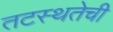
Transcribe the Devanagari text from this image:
तटस्थतेची